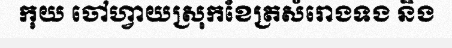
កុយ ចៅហ្វាយស្រុកខែត្រសំរោងទង និង